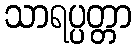
သာရပ္ပတ္တာ